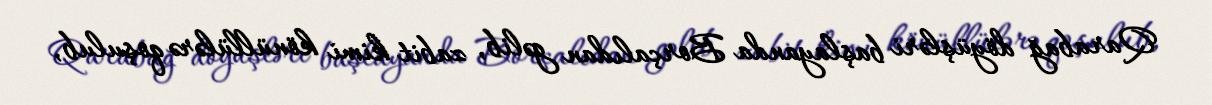
Qarabağ döyüşləri başlayanda Borçalıdan gəlib, zabit kimi könüllülərə qoşulub,